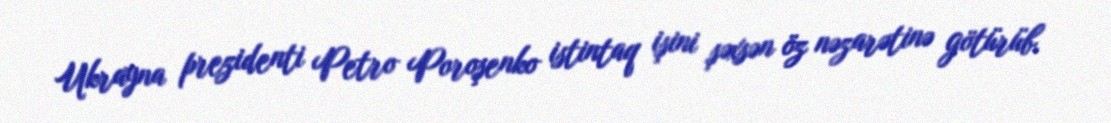
Ukrayna prezidenti Petro Poroşenko istintaq işini şəxsən öz nəzarətinə götürüb.